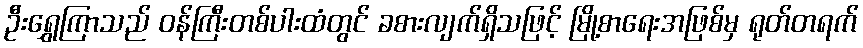
ဦးရွှေကြာသည် ဝန်ကြီးတစ်ပါးထံတွင် ခစားလျက်ရှိသဖြင့် မြို့စာရေးအဖြစ်မှ ရုတ်တရက်